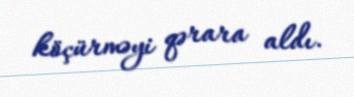
köçürməyi qərara aldı.